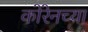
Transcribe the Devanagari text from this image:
कोरेनच्या